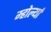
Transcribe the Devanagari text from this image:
म्होर्ल्या